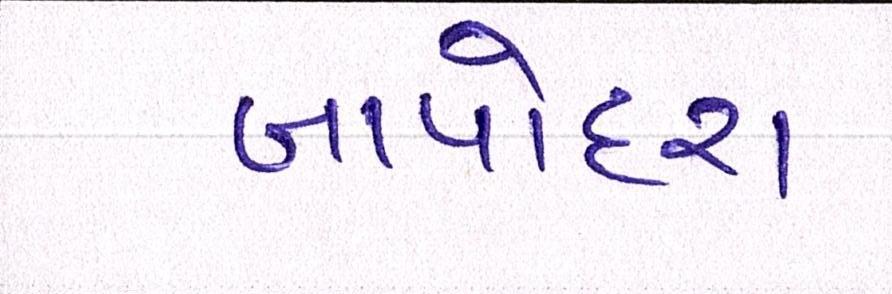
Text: બાપોદરા